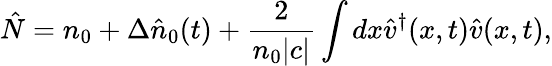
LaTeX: \hat{N}=n_{0}+\Delta\hat{n}_{0}(t)+\frac{2}{n_{0}|c|}\int dx\hat{v}^{\dagger}(x,t)\hat{v}(x,t),